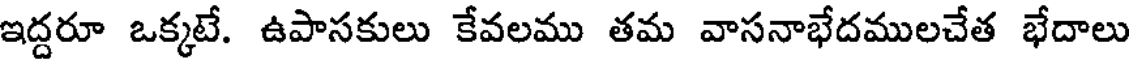
ఇద్దరూ ఒక్కటే. ఉపాసకులు కేవలము తమ వాసనాభేదములచేత భేదాలు